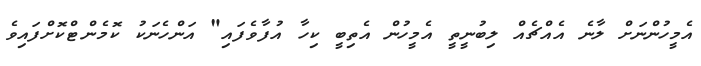
އެމީހުންނަށް ލާނެ އެއްޗެއް ލިބުނީތީ އެމީހުން އެތިބީ ކިހާ އުފާވެފައި" އަންހެނަކު ކޮމެންޓްކޮށްފައިވެ